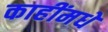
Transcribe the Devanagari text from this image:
काहींमधे